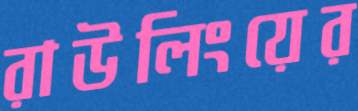
রাউলিংয়ের